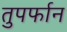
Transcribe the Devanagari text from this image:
तुपर्फान